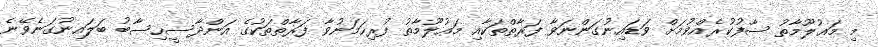
މި މަޢުލޫމާތު ސާފުކުރެއްވުމަށް ވަޑައިނުގަންނަވާ ފަރާތްތަކާއި މަޢުލޫމާތު ފުރިހަމަނުވާ ފަރާތްތަކުގެ އަންދާސީހިސާބު ބަލައިނުގަނެވޭނެ